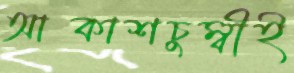
আকাশচুম্বীই